画像に写った文字を読んでください
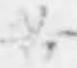
「苦」と書いてあります